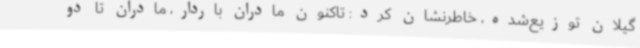
گیلان توزیع‌شده، خاطرنشان کرد: تاکنون مادران باردار، مادران تا دو